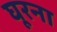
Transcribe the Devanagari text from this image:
घूरना